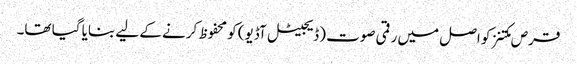
قرص مکتنز کو اصل میں رقمی صوت (ڈیجیٹل آڈیو) کو محفوظ کرنے کے لیے بنایا گیا تھا۔